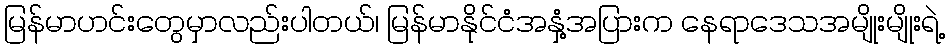
မြန်မာဟင်းတွေမှာလည်းပါတယ်၊ မြန်မာနိုင်ငံအနှံ့အပြားက နေရာဒေသအမျိုးမျိုးရဲ့